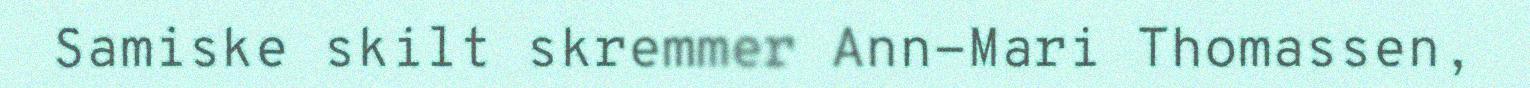
Samiske skilt skremmer Ann-Mari Thomassen,